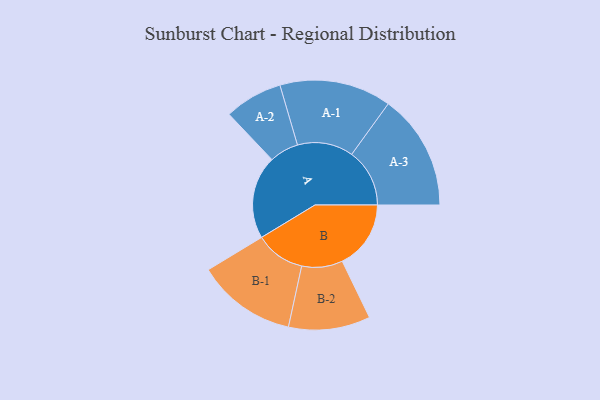
{"axis": {"x": "Segment", "y": "Value"}, "legend": ["", "A", "B"], "data": [{"x": "A", "y": 326, "type": ""}, {"x": "B", "y": 269, "type": ""}, {"x": "A-1", "y": 219, "type": "A"}, {"x": "A-2", "y": 114, "type": "A"}, {"x": "A-3", "y": 227, "type": "A"}, {"x": "B-1", "y": 195, "type": "B"}, {"x": "B-2", "y": 160, "type": "B"}]}